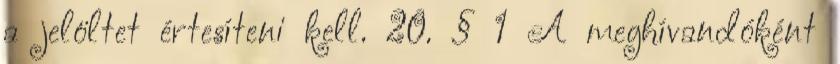
a jelöltet értesíteni kell. 20. § 1 A meghívandóként